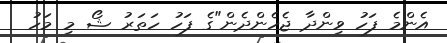
އެންމެ ފަހު ވިންދާ ޖެހެންދެން"ގެ ފަހު ހަތަރު ޝޯ މި މަހު